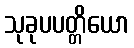
သုခုပပတ္တိယော